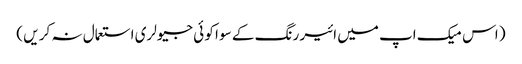
( اس میک اپ میں ائیر رنگ کے سو ا کو ئی جیولری استعمال نہ کر یں )